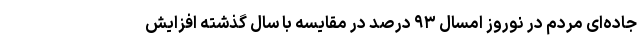
جاده‌ای مردم در نوروز امسال ۹۳ درصد در مقایسه با سال گذشته افزایش